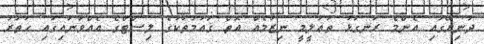
ދުނިޔޭގައި އެންމެ ރަނގަޅު ތަޢުލީމީ ނިޒާމެއް އޮތް ޤައުމުތަކުގެ ލިސްޓްގެ އެއްވަނައިގައި ހަތަރު